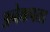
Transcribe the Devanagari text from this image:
अनेकपता